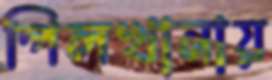
পিলখানায়